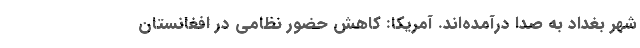
شهر بغداد به صدا درآمده‌اند. آمریکا: کاهش حضور نظامی در افغانستان